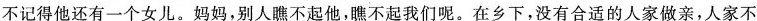
不记得他还有一个女儿。妈妈，别人瞧不起他，瞧不起我们呢。在乡下，没有合适的人家做亲，人家不